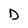
Character: D